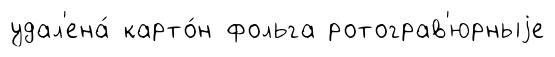
удал'ена́ карто́н фольга ротограв'юрныjе